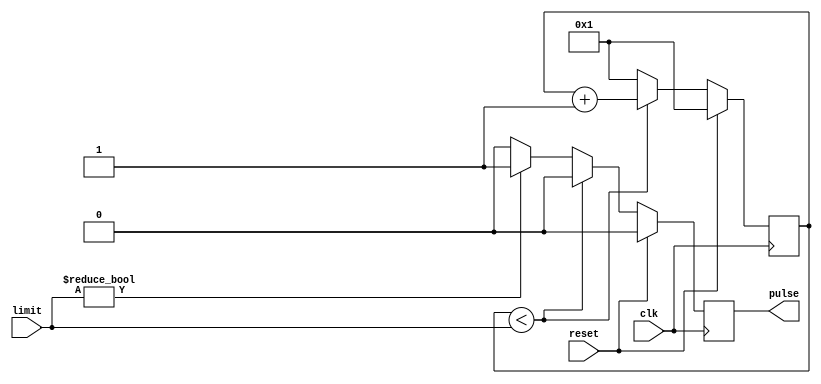
module timer (input wire clk, reset, input wire [7:0] limit, output reg pulse);

    reg [7:0] cont;

    always @(posedge clk)
    begin
        if (reset)
        begin
            cont = 7'b1;
            pulse <= 1'b0;
        end
        else
            if (cont < limit)
            begin
                cont = cont + 8'b1;
                pulse <= 1'b0;
            end
            else
            begin
                if (limit != 8'b0)
                    pulse <= 1'b1;
                else
                    pulse <= 8'b0;
                cont = 8'b1;
            end
    end

endmodule